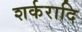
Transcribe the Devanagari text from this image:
शर्करादि